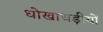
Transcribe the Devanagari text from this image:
धोखाधड़ीयों